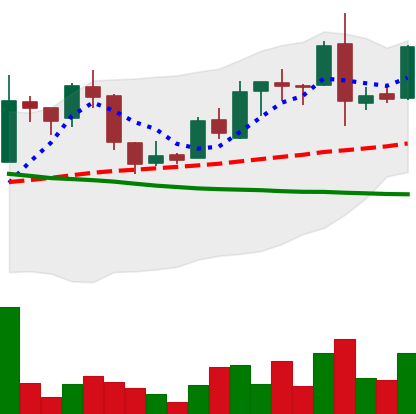
Ticker: LTC-USD
Chart end date: 2015-12-15
Forward return: -7.764%
Label: down_7plus